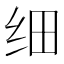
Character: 细